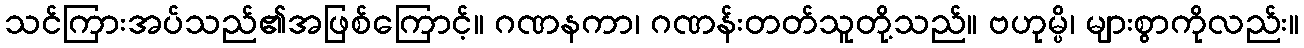
သင်ကြားအပ်သည်၏အဖြစ်ကြောင့်။ ဂဏနကာ၊ ဂဏန်းတတ်သူတို့သည်။ ဗဟုမ္ပိ၊ များစွာကိုလည်း။